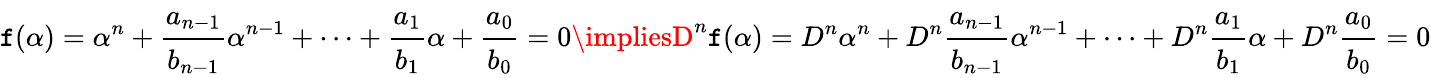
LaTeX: \mathtt{f}(\alpha)=\alpha^{n}+\cfrac{a_{n-1}}{b_{n-1}}\alpha^{n-1}+\dots+\cfrac{a_{1}}{b_{1}}\alpha+\cfrac{a_{0}}{b_{0}}=0\impliesD^{n}\mathtt{f}(\alpha)=D^{n}\alpha^{n}+D^{n}\cfrac{a_{n-1}}{b_{n-1}}\alpha^{n-1}+\dots+D^{n}\cfrac{a_{1}}{b_{1}}\alpha+D^{n}\cfrac{a_{0}}{b_{0}}=0